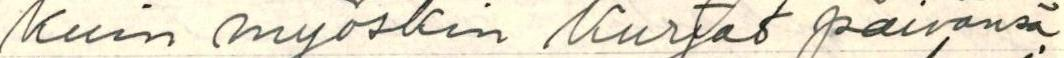
Kuin myöskin Kurjat päivänsä